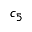
c _ { 5 }